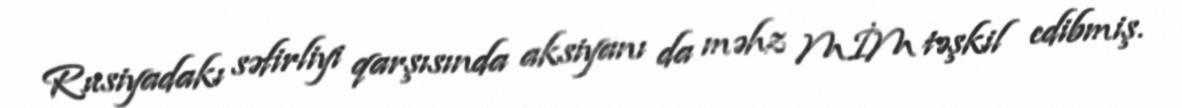
Rusiyadakı səfirliyi qarşısında aksiyanı da məhz MİM təşkil edibmiş.